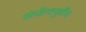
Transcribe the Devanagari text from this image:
संभोगापुर्वीच